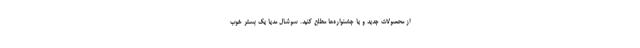
از محصولات جدید و یا جشنواره‌ها مطلع کنید. سوشال مدیا یک بستر خوب